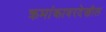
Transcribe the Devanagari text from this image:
क्रमांकावरदेखील